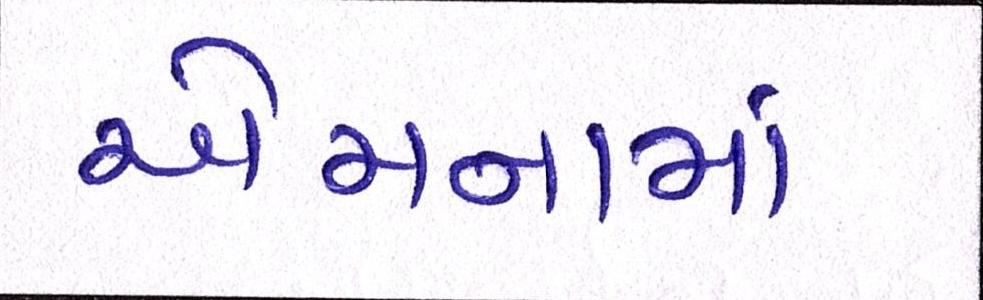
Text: એમનામાં